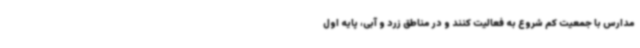
مدارس با جمعیت کم شروع به فعالیت کنند و در مناطق زرد و آبی، پایه اول